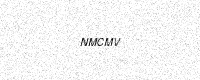
Text: NMCMV